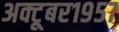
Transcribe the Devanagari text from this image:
अक्टूबर१९५७